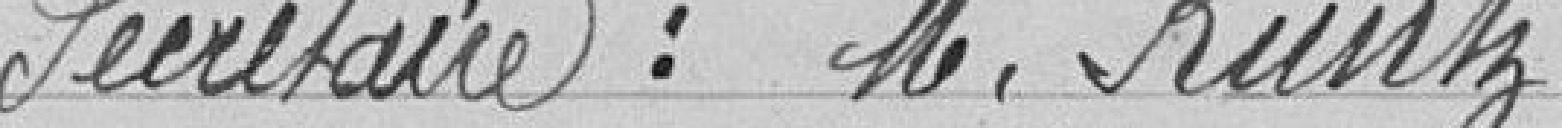
Secrétaire : M. Kuntz